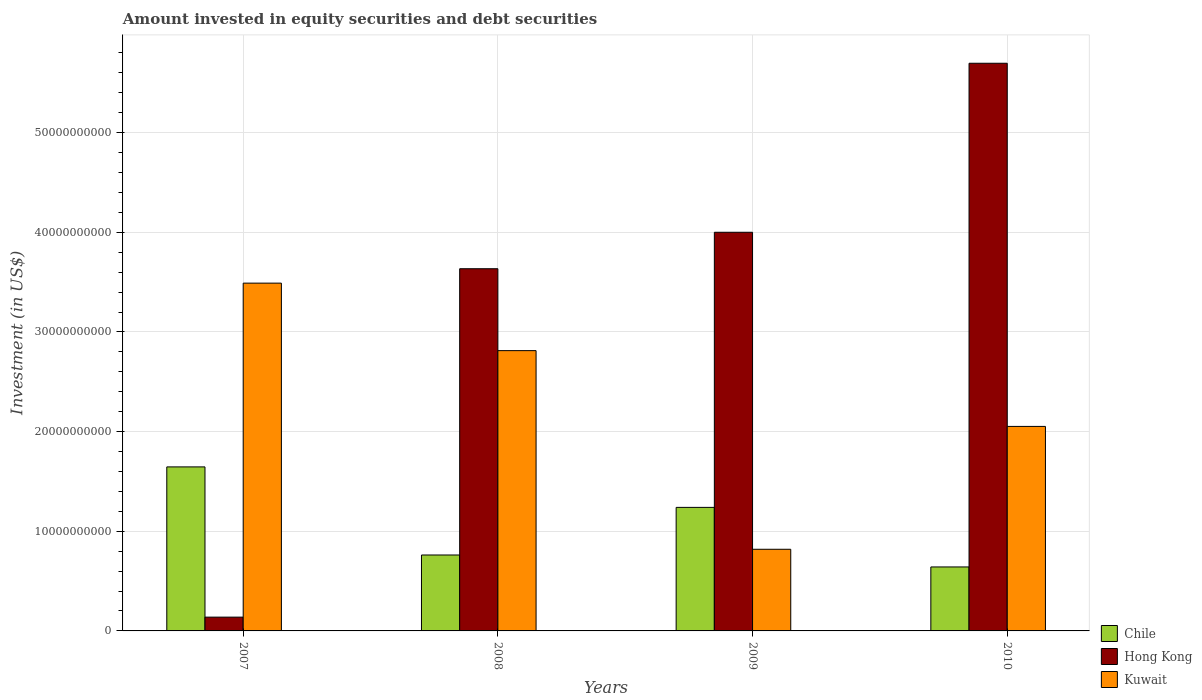
| Years | Chile | Hong Kong | Kuwait |
 | --- | --- | --- | --- |
 | 2007 | 1.65e+10 | 1.38e+09 | 3.49e+10 |
 | 2008 | 7.62e+09 | 3.63e+10 | 2.81e+10 |
 | 2009 | 1.24e+10 | 4e+10 | 8.19e+09 |
 | 2010 | 6.42e+09 | 5.7e+10 | 2.05e+10 |